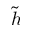
\tilde { h }